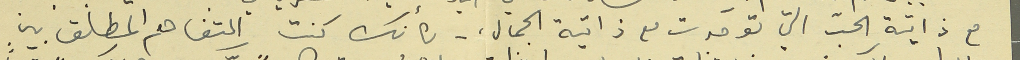
مع ذاتية الحبّ التي توحّدت مع ذاتية الجمال، لكأنك كنت التفاهم المطلق بين